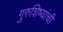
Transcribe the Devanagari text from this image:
गुरुशिष्यांची